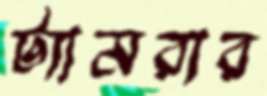
ট্যামরার